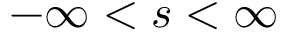
- \infty < s < \infty